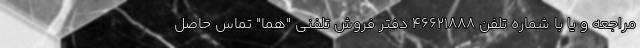
مراجعه و یا با شماره تلفن ۴۶۶۲۱۸۸۸ دفتر فروش تلفنی "هما" تماس حاصل